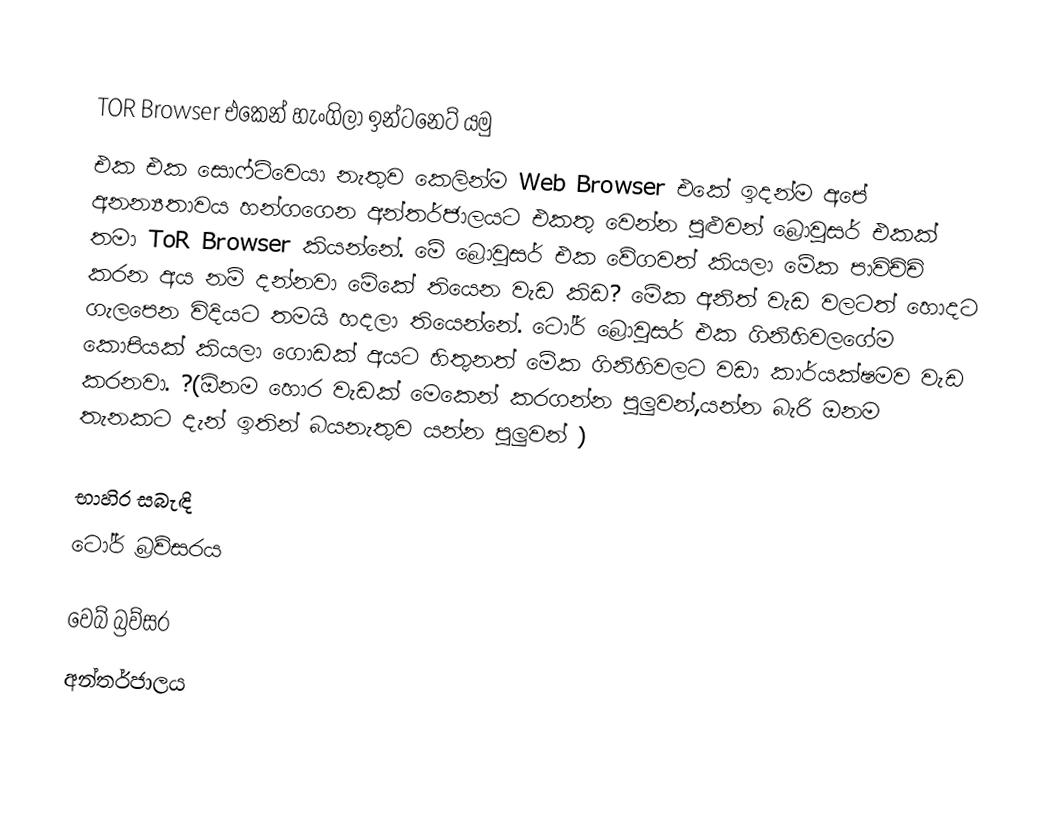

TOR Browser එකෙන් හැංගිලා ඉන්ටනෙට් යමු
එක එක සොෆ්ට්වෙයා නැතුව කෙලින්ම Web Browser එකේ ඉදන්ම අපේ අනන්‍යතාවය හන්ගගෙන අන්තර්ජාලයට එකතු වෙන්න පුළුවන් බ්‍රොවුසර් එකක් තමා ToR Browser කියන්නේ. මේ බ්‍රොවුසර් එක වේගවත් කියලා මේක පාවිච්චි කරන අය නම් දන්නවා මේකේ තියෙන වැඩ කිඩ? මේක අනිත් වැඩ වලටත් හොදට ගැලපෙන විදියට තමයි හදලා තියෙන්නේ. ටෝර් බ්‍රොවුසර් එක ගිනිහිවලගේම කොපියක් කියලා ගොඩක් අයට හිතුනත් මේක ගිනිහිවලට වඩා කාර්යක්ෂමව වැඩ කරනවා. ?(ඕනම හොර වැඩක් මෙකෙන් කරගන්න පුලුවන්,යන්න බැරි ඔනම තැනකට දැන් ඉතින් බයනැතුව යන්න පුලුවන් )

භාහිර සබැඳි
  ටෝර් බ්‍රව්සරය

වෙබ් බ්‍රව්සර
අන්තර්ජාලය